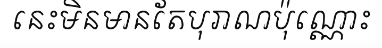
នេះមិនមានតែបុរាណប៉ុណ្ណោះ